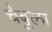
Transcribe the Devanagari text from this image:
चेबुला